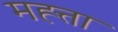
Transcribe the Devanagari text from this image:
मह्त्ता